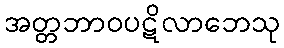
အတ္တဘာဝပဋိလာဘေသု